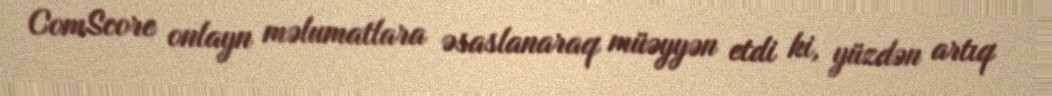
ComScore onlayn məlumatlara əsaslanaraq müəyyən etdi ki, yüzdən artıq